Annual report of the Punjab Veterinary College and of the Civil Veterinary Department, Punjab - 1909-1919
Year: 1909
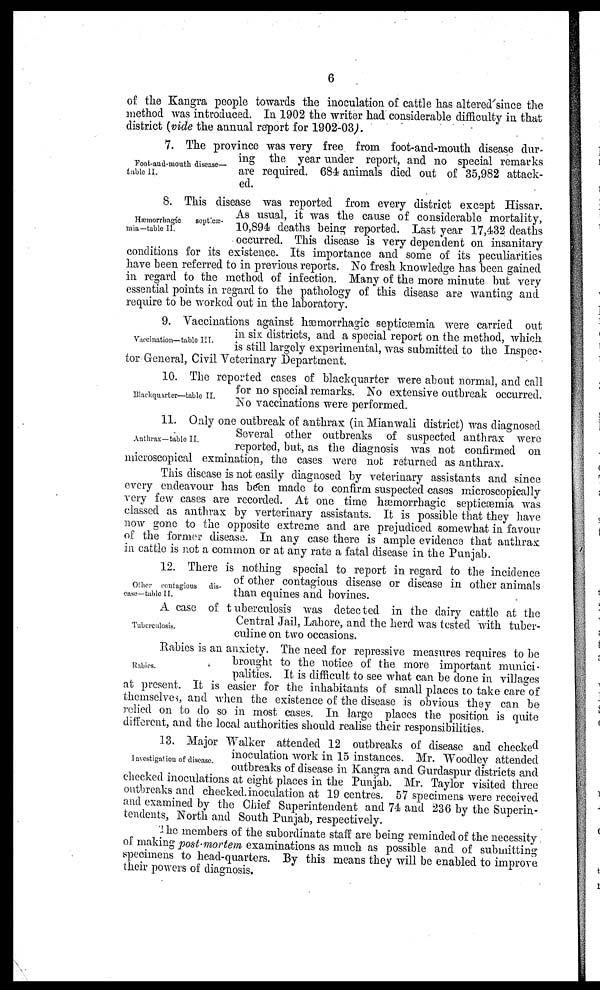
6
of the Kangra people towards the inoculation of cattle has altered since the
method was introduced. In 1902 the writer had considerable difficulty in that
district (vide the annual report for 1902-03).
Foot-and-mouth disease—
table II.
7. The province was very free from foot-and-mouth disease dur-
ing the year under report, and no special remarks
are required. 684 animals died out of 35,982 attack-
ed.
Hæmorrhagíc
septicæ-
mia—table II.
8. This disease was reported from every district except Hissar.
As usual, it was the cause of considerable mortality,
10,894 deaths being reported. Last year 17,432 deaths
occurred. This disease is very dependent on insanitary
conditions for its existence. Its importance and some of its peculiarities
have been referred to in previous reports. No fresh knowledge has been gained
in regard to the method of infection. Many of the more minute but very
essential points in regard to the pathology of this disease are wanting and
require to be worked out in the laboratory.
Vaccination—table III.
9. Vaccinations against hæmorrhagic septicæmia were carried out
in six districts, and a special report on the method, which
is still largely experimental, was submitted to the Inspec-
tor General, Civil Veterinary Department.
Blackquarter—table II.
10. The reported cases of blackquarter were about normal, and call
for no special remarks. No extensive outbreak occurred.
No vaccinations were performed.
Anthrax—table II.
11. Only one outbreak of anthrax (in Mianwali district) was diagnosed
Several other outbreaks of suspected anthrax were
reported, but, as the diagnosis was not confirmed on
microscopical exmination, the cases were not returned as anthrax.
This disease is not easily diagnosed by veterinary assistants and since
every endeavour has been made to confirm suspected cases microscopically
very few cases are recorded. At one time hæmorrhagic septicæmia was
classed as anthrax by verterinary assistants. It is possible that they have
now gone to the opposite extreme and are prejudiced somewhat in favour
of the former disease. In any case there is ample evidence that anthrax
in cattle is not a common or at any rate a fatal disease in the Punjab.
Other contagious
dis-
-ase—table II.
12. There is nothing special to report in regard to the incidence
of other contagious disease or disease in other animals
than equines and bovines.
Tuberculosis.
A case of tuberculosis was detected in the dairy cattle at the
Central Jail, Lahore, and the herd was tested with tuber-
culine on two occasions.
Rabies.
Rabies is an anxiety. The need for repressive measures requires to be
brought to the notice of the more important munici-
palities. It is difficult to see what can be done in villages
at present. It is easier for the inhabitants of small places to take care of
themselves, and when the existence of the disease is obvious they can be
relied on to do so in most cases. In large places the position is quite
different, and the local authorities should realise their responsibilities.
Investigation of disease.
13. Major Walker attended 12 outbreaks of disease and checked
inoculation work in 15 instances. Mr. Woodley attended
outbreaks of disease in Kangra and Gurdaspur districts and
checked inoculations at eight places in the Punjab. Mr. Taylor visited three
outbreaks and checked inoculation at 19 centres. 57 specimens were received
and examined by the Chief Superintendent and 74 and 236 by the Superin-
tendents, North and South Punjab, respectively.
The members of the subordinate staff are being reminded of the necessity
of making post-mortem examinations as much as possible and of submitting
specimens to head-quarters. By this means they will be enabled to improve
their powers of diagnosis.